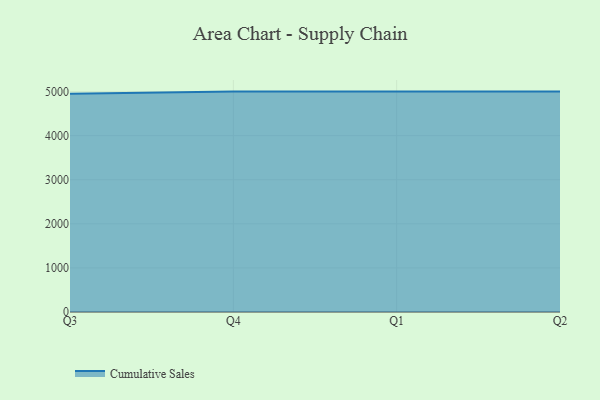
{"axis": {"x": "Quarter", "y": "Humidity (%)"}, "legend": ["Cumulative Sales"], "data": [{"x": "Q3", "y": 4952.5, "type": "Cumulative Sales"}, {"x": "Q4", "y": 5000, "type": "Cumulative Sales"}, {"x": "Q1", "y": 5000, "type": "Cumulative Sales"}, {"x": "Q2", "y": 5000, "type": "Cumulative Sales"}]}